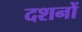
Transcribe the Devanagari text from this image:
दशनों